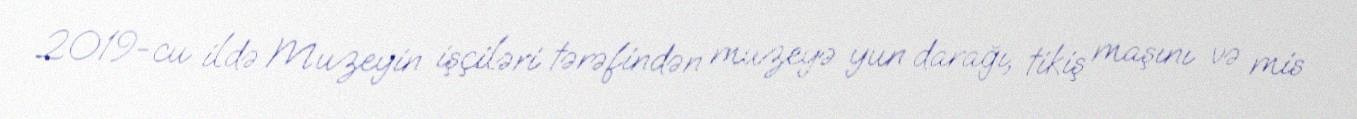
2019-cu ildə Muzeyin işçiləri tərəfindən muzeyə yun darağı, tikiş maşını və mis